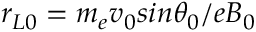
r _ { L 0 } = m _ { e } v _ { 0 } s i n \theta _ { 0 } / e B _ { 0 }